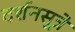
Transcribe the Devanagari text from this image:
दर्शनसूत्रे